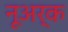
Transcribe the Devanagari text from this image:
नूअर्क